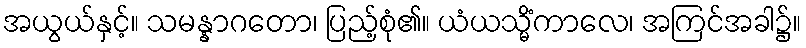
အယွယ်နှင့်။ သမန္နာဂတော၊ ပြည့်စုံ၏။ ယံယသ္မိံကာလေ၊ အကြင်အခါ၌။